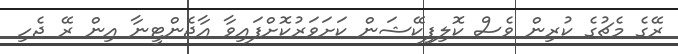
ރޭގެ މެޗުގެ ކުރިން ވެސް ކޮލިފިކޭޝަން ކަށަވަރުކޮށްފައިވާ އާޖެންޓީނާ އިން ރޭ ޖެހި